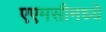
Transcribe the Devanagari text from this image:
एएमसीमध्ये